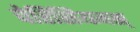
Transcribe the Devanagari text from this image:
पेरिसियनस्